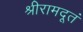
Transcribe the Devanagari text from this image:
श्रीरामदूतं